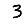
Digit: 3